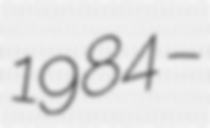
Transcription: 1984 –